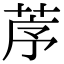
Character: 𦯅